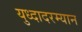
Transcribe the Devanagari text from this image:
युध्दादरम्यान